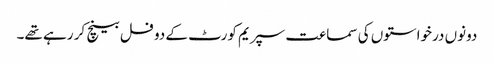
دونوں درخواستوں کی سماعت سپریم کورٹ کے دو فل بینچ کر رہے تھے۔